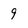
Character: 9